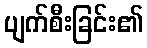
ပျက်စီးခြင်း၏